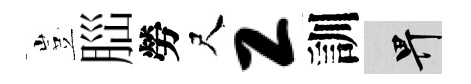
豈𦛁勞尺工訓畀